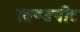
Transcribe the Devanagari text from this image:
खण्डपीट